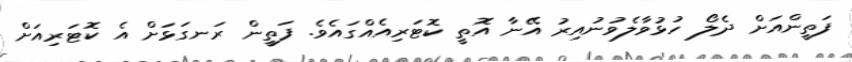
ފަތީންއަށް ދެލޯ ހުޅުވާލެވުނުއިރު އޭނާ އޮތީ ކޮޓަރިއެއްގައެވެ. ފަތީން ރަނގަޅަށް އެ ކޮޓަރިއަށް